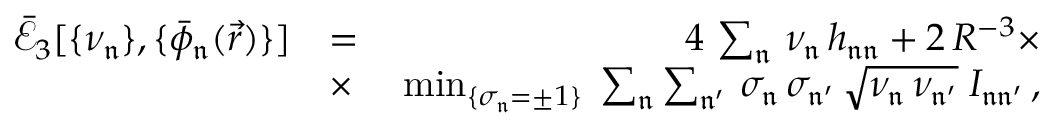
\begin{array} { r l r } { \mathcal { \bar { E } } _ { 3 } [ \{ \nu _ { \mathfrak { n } } \} , \{ \bar { \phi } _ { \mathfrak { n } } ( \vec { r } ) \} ] } & { = } & { 4 \, \sum _ { \mathfrak { n } } \, \nu _ { \mathfrak { n } } \, h _ { \mathfrak { n } \mathfrak { n } } + 2 \, R ^ { - 3 } \times } \\ & { \times } & { \, \operatorname* { m i n } _ { \{ \sigma _ { \mathfrak { n } } = \pm 1 \} } \; \sum _ { \mathfrak { n } } \sum _ { \mathfrak { n ^ { \prime } } } \, \sigma _ { \mathfrak { n } } \, \sigma _ { \mathfrak { n ^ { \prime } } } \, \sqrt { \nu _ { \mathfrak { n } } \, \nu _ { \mathfrak { n ^ { \prime } } } } \; I _ { \mathfrak { n } \mathfrak { n ^ { \prime } } } \, , } \end{array}